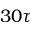
3 0 \tau